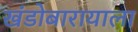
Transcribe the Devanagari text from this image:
खंडोबारायाला